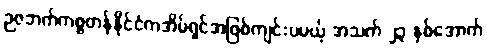
ဉဇဘက်ကစ္စတန်နိုင်ငံကအိမ်ရှင်အဖြစ်ကျင်းပမယ့် အသက် ၂၃ နှစ်အောက်